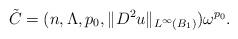
LaTeX: \begin{align*}\tilde{C}=(n,\Lambda,p_0,\|D^2 u\|_{L^{\infty}(B_1)})\omega^{p_0}.\end{align*}